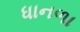
ધાનળા